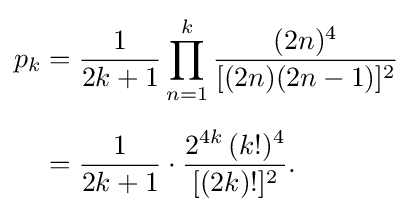
{\begin{aligned}p_{k}&={1 \over {2k+1}}\prod _{n=1}^{k}{\frac {(2n)^{4}}{[(2n)(2n-1)]^{2}}}\\[6pt]&={1 \over {2k+1}}\cdot {{2^{4k}\,(k!)^{4}} \over {[(2k)!]^{2}}}.\end{aligned}}